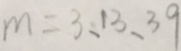
m = 3 、 1 3 、 3 9